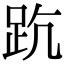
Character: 𧿦